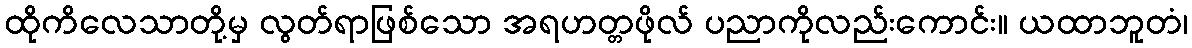
ထိုကိလေသာတို့မှ လွတ်ရာဖြစ်သော အရဟတ္တဖိုလ် ပညာကိုလည်းကောင်း။ ယထာဘူတံ၊